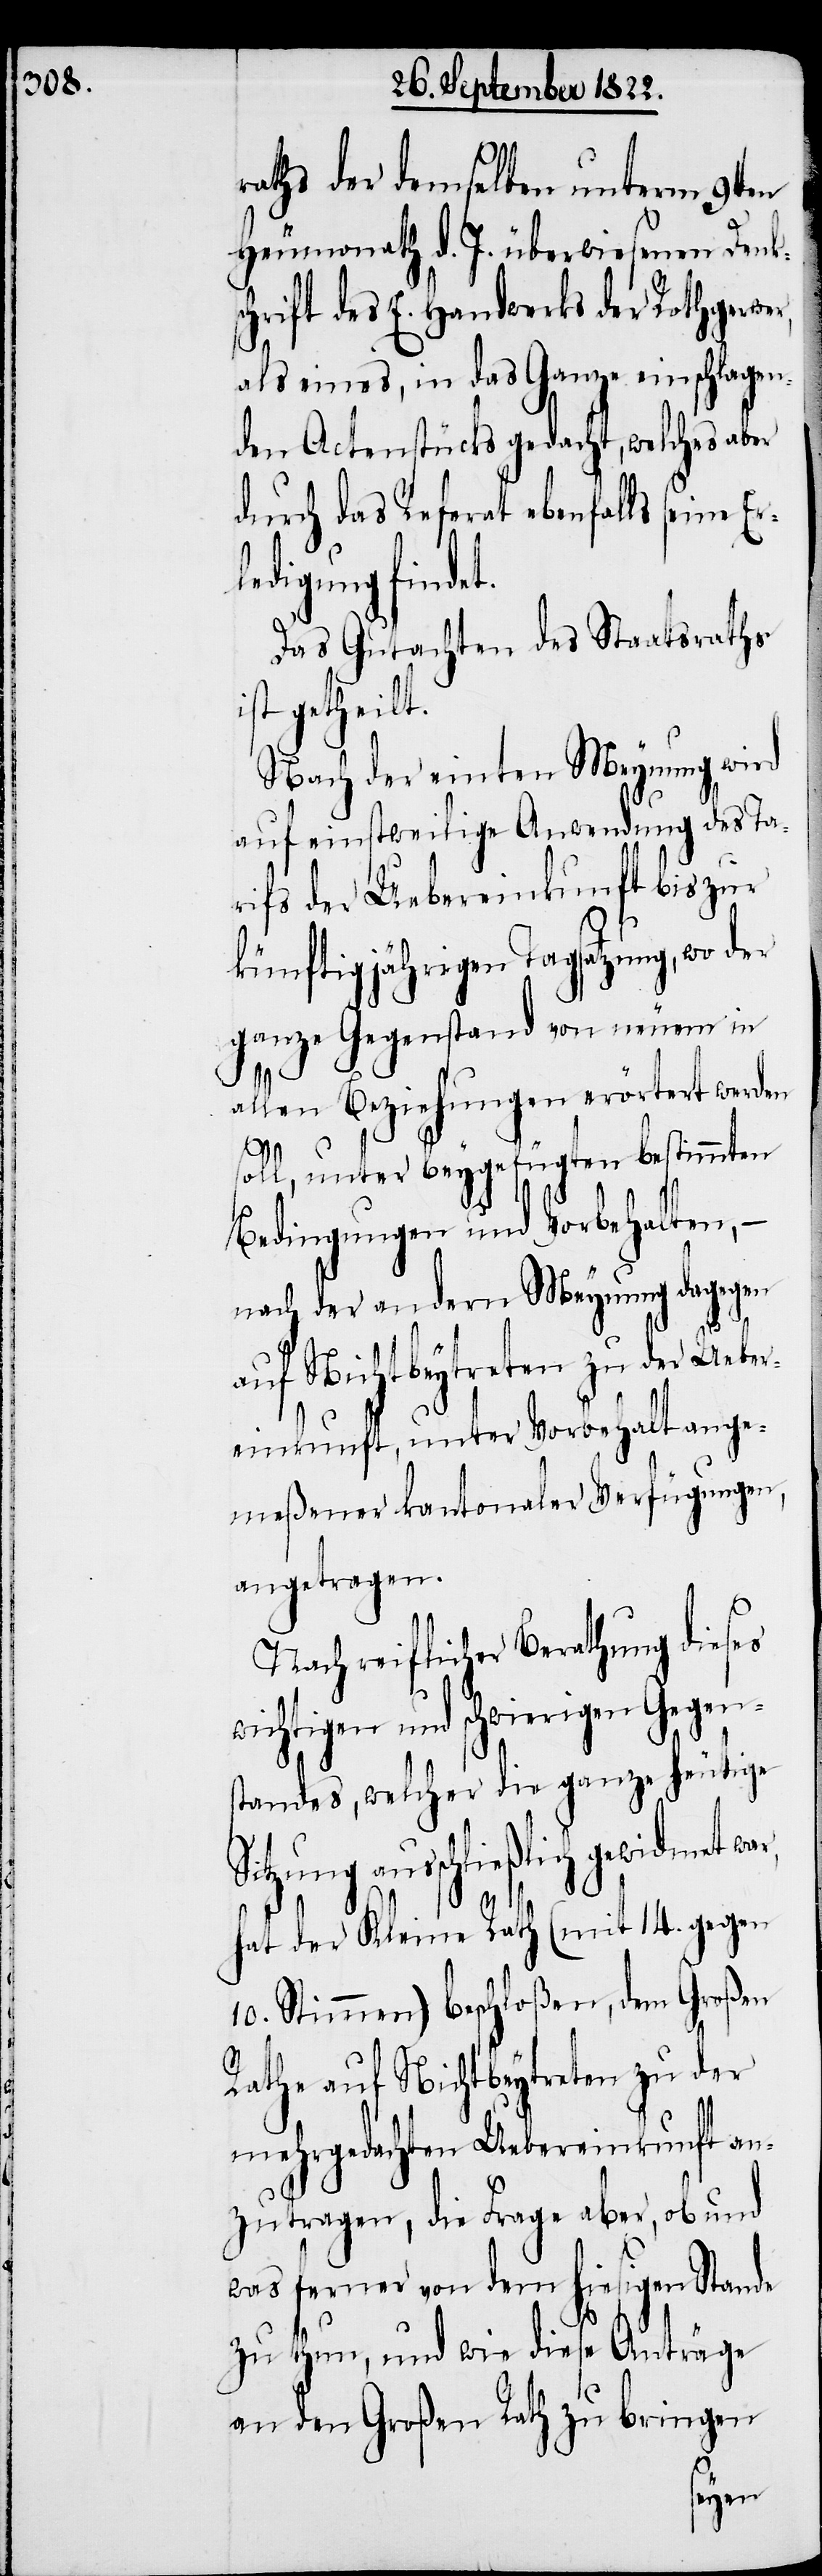
raths der demselben unterm 9ten
Heumonath d. J. überwiesenen Dank¬
chrift des E. Handwerks der Rothgerwe¬
als eines, in das Ganze einschlagen¬
den Actenstücks gedacht, welches aber
durch das Referat ebenfalls seine Er¬
ledigung findet.
Das Gutachten des Staatsraths
ist getheilt.
Nach der einten Meynung wird
auf einstweilige Anwendung des Ta¬
rifs der Uebereinkunft bis zur
künftigjährigen Tagsatzung, wo der
ganze Gegenstand von neuem in
allen Beziehungen erörtert werden
soll, unter beygefügten bestimmten
Bedingungen und Vorbehalten, –
nach der andern Meynung dagegen
auf Nichtbeytreten zu der Ueber¬
einkunft, unter Vorbehalt ange¬
meßener kantonaler Verfügungen,
angetragen.
Nach reiflicher Berathung dieses
ichtigen und schwierigen Gegen¬
standes, welcher die ganze heutige
Sitzung ausschließlich gewidmet
w¬
hat der Kleine Rath (mit 14. gegen
10. Stimmen) beschloßen, dem Großen
Rathe auf Nichtbeytreten zu der
mehrgedachten Uebereinkunft an¬
zutragen, die Frage aber, ob und
was ferner von dem hiesigen Stande
zu thun, und wie diese Anträge
an den Großen Rath zu bringen